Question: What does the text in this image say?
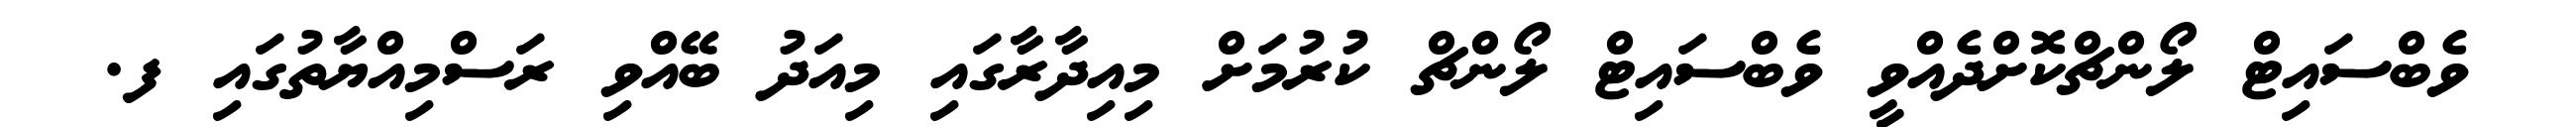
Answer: ވެބްސައިޓް ލޯންޗްކޮށްދެއްވީ ވެބްސައިޓް ލޯންޗް ކުރުމަށް މިއިދާރާގައި މިއަދު ބޭއްވި ރަސްމިއްޔާތުގައި ފ.